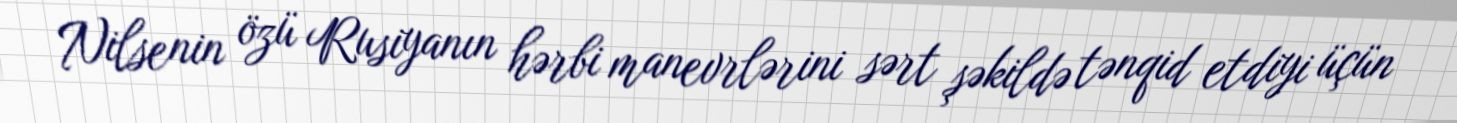
Nilsenin özü Rusiyanın hərbi manevrlərini sərt şəkildə tənqid etdiyi üçün